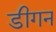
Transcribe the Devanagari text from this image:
डीगन